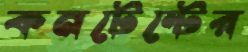
কনটেন্টের